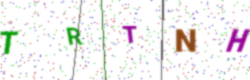
Text: TRTNH